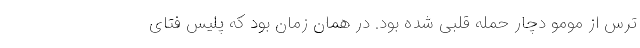
ترس از مومو دچار حمله قلبی شده بود. در همان زمان بود که پلیس فتای